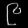
Digit: ၉